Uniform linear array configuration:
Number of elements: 16
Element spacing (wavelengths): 0.75
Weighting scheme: hamming
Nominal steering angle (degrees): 0
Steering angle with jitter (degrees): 0.1611
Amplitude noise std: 0.05
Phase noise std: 0.05

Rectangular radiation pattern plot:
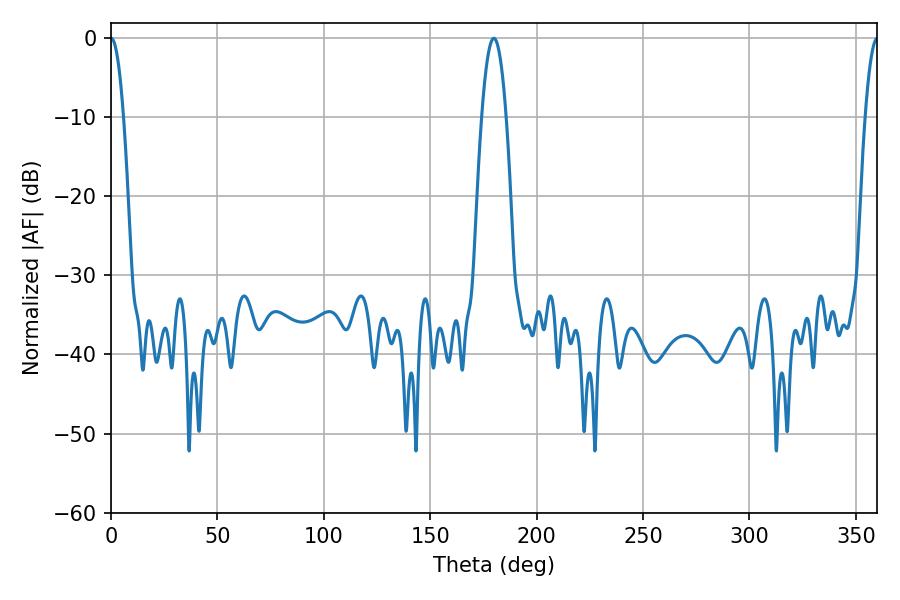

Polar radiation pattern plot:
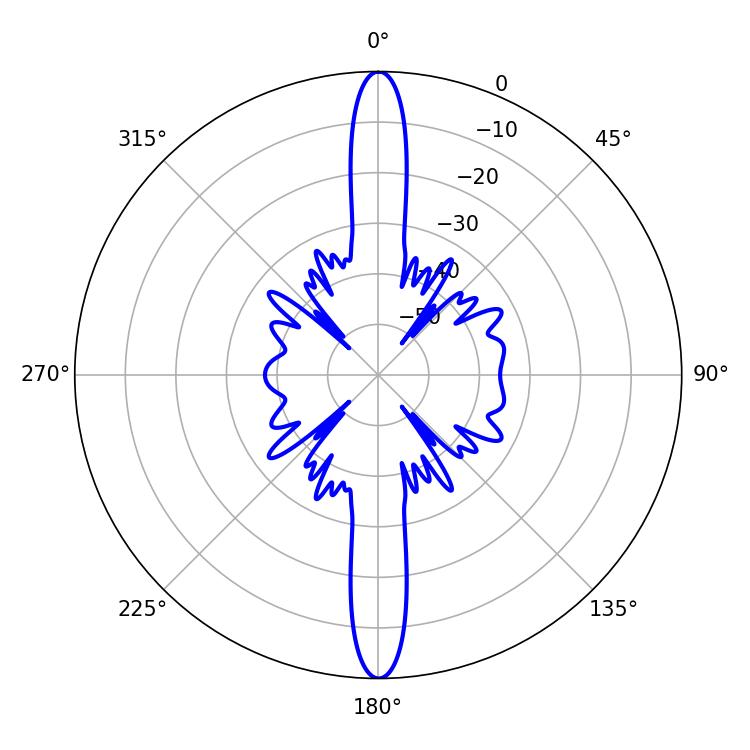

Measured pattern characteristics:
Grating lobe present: TRUE
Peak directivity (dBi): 35.393
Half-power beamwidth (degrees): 3.24
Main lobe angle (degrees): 0.18